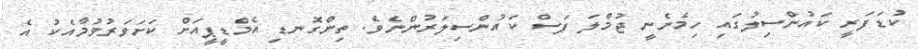
ކުޑަފަރީ ކައުންސިލުގައި ހިމެނެނީ ޖުމްލަ ފަސް ކައުންސިލަރުންނެވެ. ތިންގޮނޑި އެމްޑީޕީއަށް ކަށަވަރުވުމާއެކު އެ